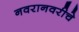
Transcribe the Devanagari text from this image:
नवरानवरीचे